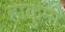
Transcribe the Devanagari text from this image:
हाकुमी